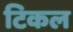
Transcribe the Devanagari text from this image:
टिकल